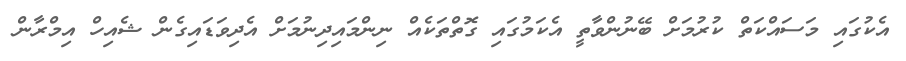
އެކުގައި މަސައްކަތް ކުރުމަށް ބޭނުންވާތީ އެކަމުގައި ގޮތްތަކެއް ނިންމައިދިނުމަށް އެދިވަޑައިގެން ޝެއިހް އިމްރާން